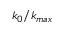
k _ { 0 } / k _ { m a x }